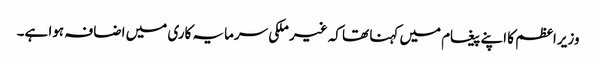
وزیراعظم کا اپنے پیغام میں کہنا تھا کہ غیر ملکی سرمایہ کاری میں اضافہ ہوا ہے۔